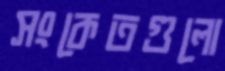
সংকেতগুলো